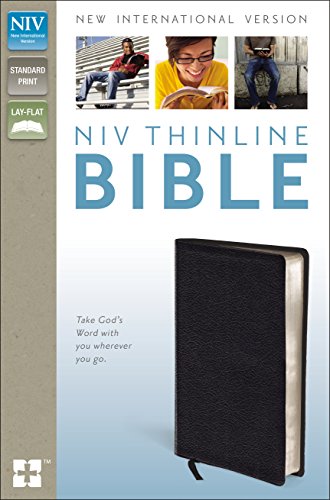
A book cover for NIV Thinline Bible; Zondervan; Christian Books & Bibles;